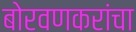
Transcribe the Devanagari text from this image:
बोरवणकरांचा